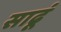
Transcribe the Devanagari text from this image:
साढूं